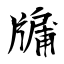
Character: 牖